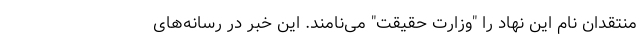
منتقدان نام این نهاد را "وزارت حقیقت" می‌نامند. این خبر در رسانه‌های